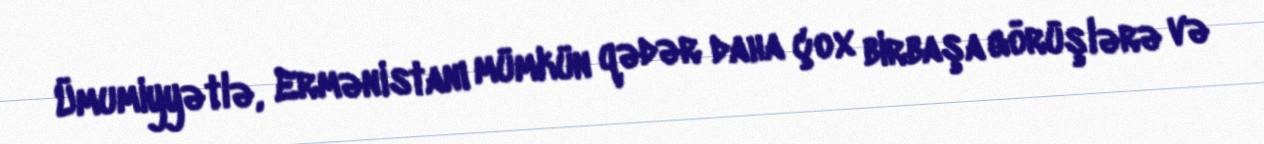
Ümumiyyətlə, Ermənistanı mümkün qədər daha çox birbaşa görüşlərə və